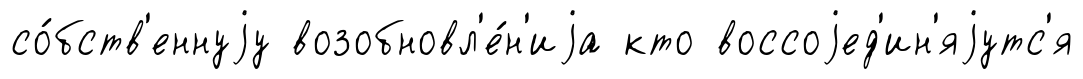
со́бств'еннуjу возобновл'е́н'иjа кто воссоjед'ин'яjутс'я